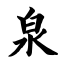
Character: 泉